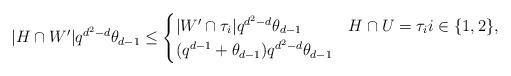
LaTeX: \begin{align*}|H\cap W'|q^{d^2-d}\theta_{d-1}\le\begin{cases}|W'\cap \tau_i|q^{d^2-d}\theta_{d-1}&H\cap U=\tau_ii\in\{1,2\},\\(q^{d-1}+\theta_{d-1})q^{d^2-d}\theta_{d-1}&\end{cases}\end{align*}